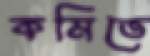
কমিতে